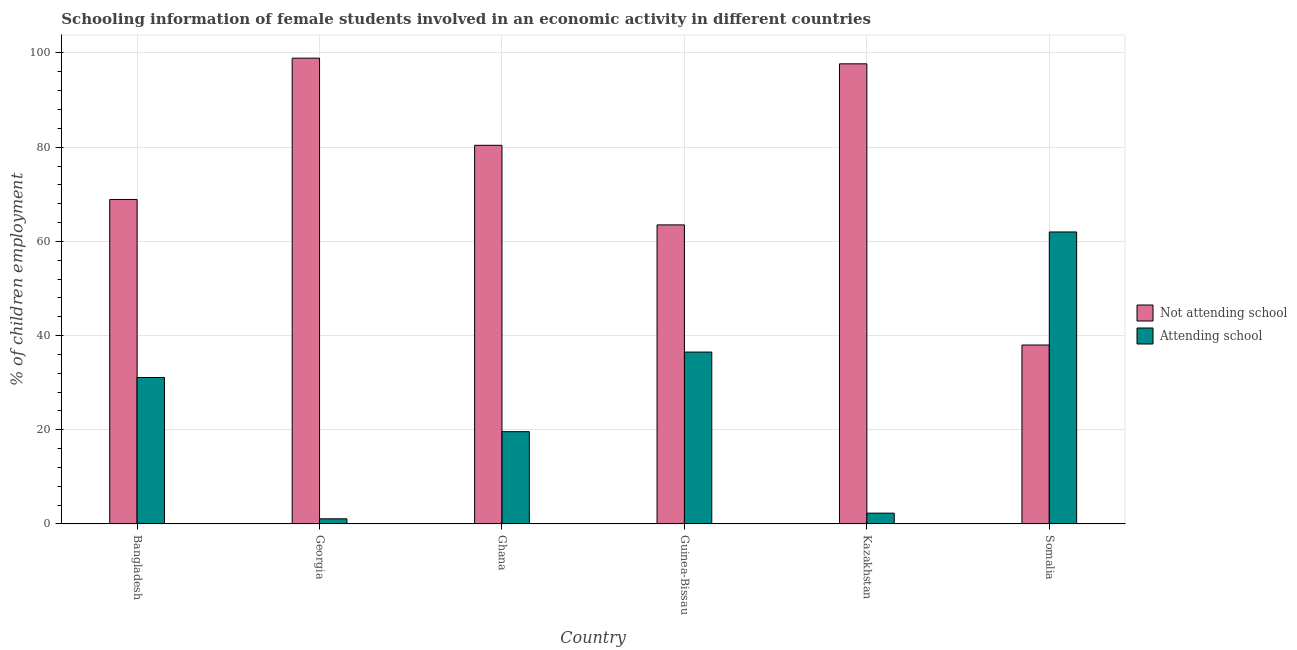
| Country | Not attending school | Attending school |
 | --- | --- | --- |
 | Bangladesh | 68.9 | 31.1 |
 | Georgia | 98.9 | 1.1 |
 | Ghana | 80.4 | 19.6 |
 | Guinea-Bissau | 63.5 | 36.5 |
 | Kazakhstan | 97.7 | 2.3 |
 | Somalia | 38 | 62 |